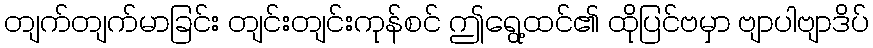
တျက်တျက်မာခြင်း တျင်းတျင်းကုန်စင် ဤရွေ့ထင်၏ ထိုပြင်ဗမှာ ဗျာပါဗျာဒိပ်